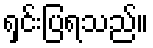
ရှင်းပြရသည်။